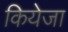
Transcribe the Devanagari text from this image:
कियेजा